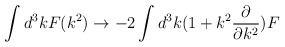
\begin{align*}\int d^3k F(k^2) \rightarrow -2\int d^3k(1+k^2 \frac{\partial}{\partial k^2})F\end{align*}